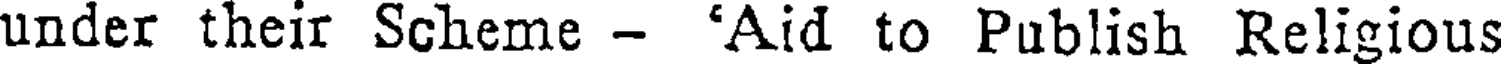
under their Scheme - 'Aid to Publish Religious